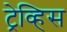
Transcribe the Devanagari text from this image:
ट्रेव्हिस